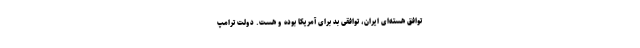
توافق هسته‌ای ایران، توافقی بد برای آمریکا بوده و هست. دولت ترامپ